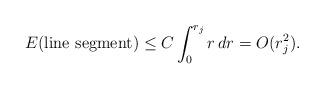
LaTeX: \begin{align*} E(\mbox{line segment})\leq C\int_0^{r_j}r\,dr=O(r_j^2). \end{align*}